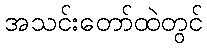
အသင်းတော်ထဲတွင်